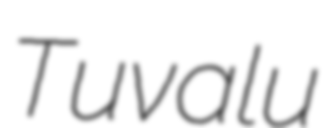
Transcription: Tuvalu